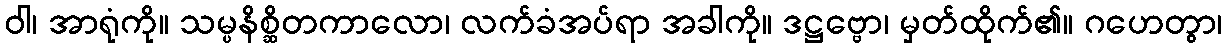
ဝါ၊ အာရုံကို။ သမ္ပနိစ္ဆိတကာလော၊ လက်ခံအပ်ရာ အခါကို။ ဒဋ္ဌဗ္ဗော၊ မှတ်ထိုက်၏။ ဂဟေတွာ၊